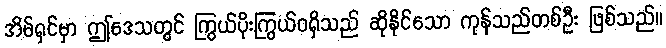
အိမ်ရှင်မှာ ဤဒေသတွင် ကြွယ်ပိုးကြွယ်ဝရှိသည် ဆိုနိုင်သော ကုန်သည်တစ်ဦး ဖြစ်သည်။